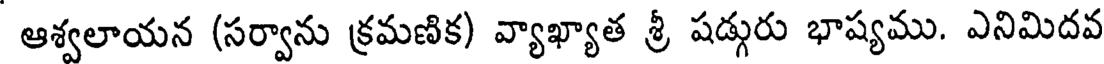
ఆశ్వలాయన (సర్వాను క్రమణిక) వ్యాఖ్యాత శ్రీ షడ్గురు భాష్యము. ఎనిమిదవ